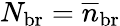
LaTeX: N_{\mathrm{br}}=\overline{{n}}_{\mathrm{br}}